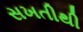
સખતીથી